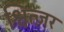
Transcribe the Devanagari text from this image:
श्वित्ज़र